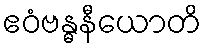
ဧဝံဗန္ဓနီယောတိ